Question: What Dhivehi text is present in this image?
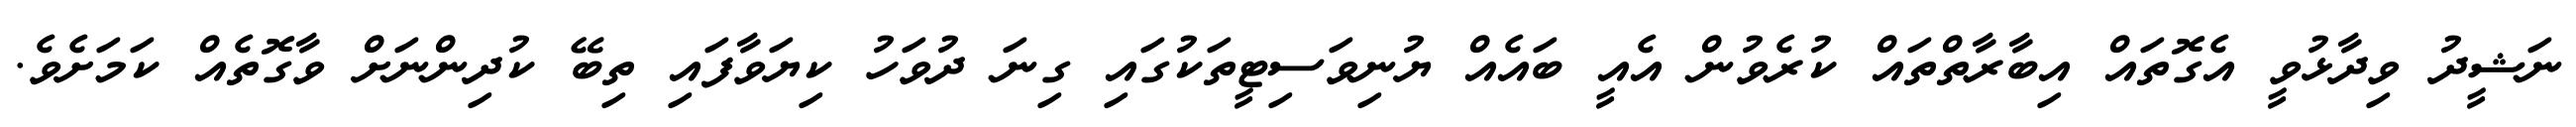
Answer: ނަޝީދު ވިދާޅުވީ އެގޮތައް އިބާރާތްތައް ކުރެވުން އެއީ ބައެއް ޔުނިވަސިޓީތަކުގައި ގިނަ ދުވަހު ކިޔަވާފައި ތިބޭ ކުދިންނަށް ވާގޮތެއް ކަމަށެވެ.